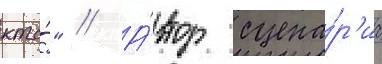
кто́" // А́втор сцена́р'иа